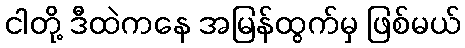
ငါတို့ ဒီထဲကနေ အမြန်ထွက်မှ ဖြစ်မယ်